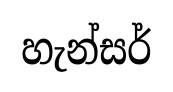
හැන්සර්